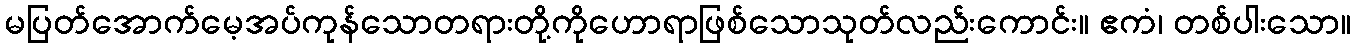
မပြတ်အောက်မေ့အပ်ကုန်သောတရားတို့ကိုဟောရာဖြစ်သောသုတ်လည်းကောင်း။ ဧကံ၊ တစ်ပါးသော။